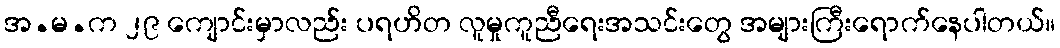
အ.မ.က ၂၉ ကျောင်းမှာလည်း ပရဟိတ လူမှုကူညီရေးအသင်းတွေ အများကြီးရောက်နေပါတယ်။